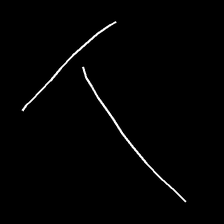
Glyph: column